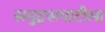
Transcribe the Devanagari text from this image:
समुद्रसपाटीला